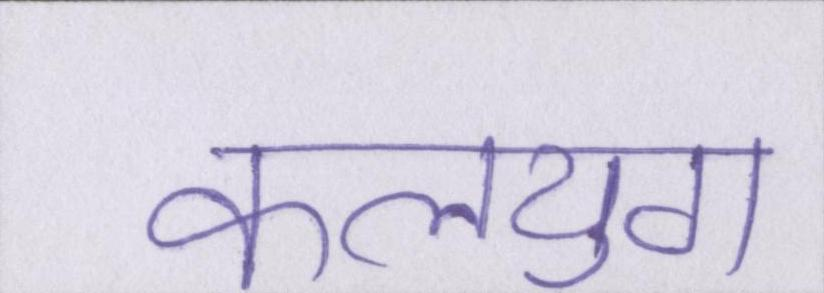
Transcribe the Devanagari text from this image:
कलयुग